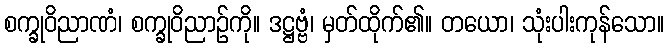
စက္ခုဝိညာဏံ၊ စက္ခုဝိညာဉ်ကို။ ဒဋ္ဌဗ္ဗံ၊ မှတ်ထိုက်၏။ တယော၊ သုံးပါးကုန်သော။